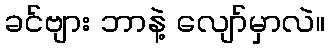
ခင်ဗျား ဘာနဲ့ လျော်မှာလဲ။